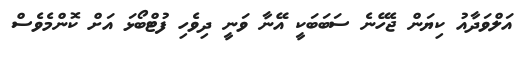
އަލްވަދާއު ކިޔަން ޖެހޭނެ ސަބަބަކީ އޭނާ ވަނީ ދިވެހި ފުޓްބޯޅަ އަށް ކޮންމެވެސް